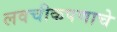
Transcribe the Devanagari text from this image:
लवचीकपणाचे